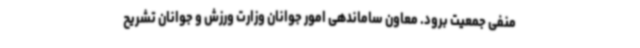
منفی جمعیت برود. معاون ساماندهی امور جوانان وزارت ورزش و جوانان تشریح